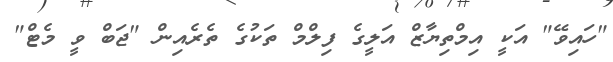
"ހައިވޭ" އަކީ އިމްތިޔާޒް އަލީގެ ފިލްމް ތަކުގެ ތެރެއިން "ޖަބް ވީ މެޓް"